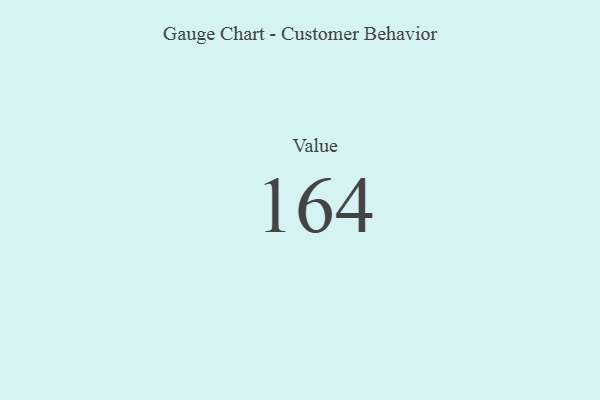
{"axis": {"x": "Metric", "y": "Value"}, "legend": [""], "data": [{"x": "Value", "y": 164, "type": ""}]}